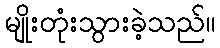
မျိုးတုံးသွားခဲ့သည်။